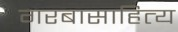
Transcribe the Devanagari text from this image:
गरबासाहित्य